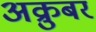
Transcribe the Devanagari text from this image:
अक्रुबर